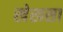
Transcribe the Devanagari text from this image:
खेखसा